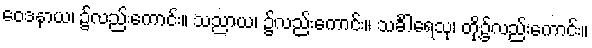
ဝေဒနာယ၊ ၌လည်းကောင်း။ သညာယ၊ ၌လည်းကောင်း။ သင်္ခါရေသု၊ တို့၌လည်းကောင်း။